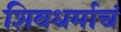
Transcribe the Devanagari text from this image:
शिवधर्माचं